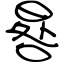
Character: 晷